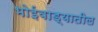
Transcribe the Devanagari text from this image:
भोईवाड्यातील